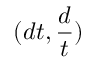
( d t , { \frac { d } { t } } )